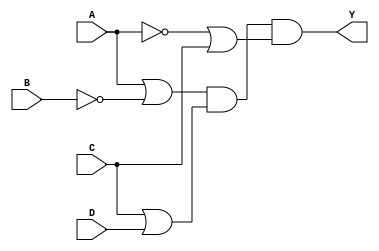
module pos_simplification (
    input wire A,     // Input variable A
    input wire B,     // Input variable B
    input wire C,     // Input variable C
    input wire D,     // Input variable D
    output wire Y     // Output Y for the POS expression
);

// Define the sum terms
wire sum_term1;    // Represents (A + B')
wire sum_term2;    // Represents (C + D)
wire sum_term3;    // Represents (A' + C')

// Implementing the sum terms
assign sum_term1 = A | ~B; // (A + B')
assign sum_term2 = C | D;  // (C + D)
assign sum_term3 = ~A | C;  // (A' + C)

// Combining the sum terms to create the final output Y
// Y = (A + B')(C + D)(A' + C')

assign Y = sum_term1 & sum_term2 & sum_term3; // Product of sums

endmodule